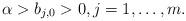
LaTeX: \begin{align*}\alpha>b_{j,0}>0, j=1,\dots, m.\end{align*}